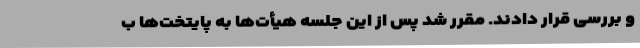
و بررسی قرار دادند. مقرر شد پس از این جلسه هیأت‌ها به پایتخت‌ها ب